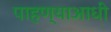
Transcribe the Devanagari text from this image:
पाहण्याआधी